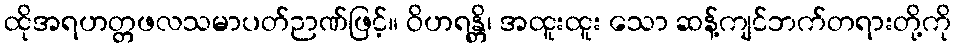
ထိုအရဟတ္တဖလသမာပတ်ဉာဏ်ဖြင့်။ ဝိဟရန္တိ၊ အထူးထူး သော ဆန့်ကျင်ဘက်တရားတို့ကို